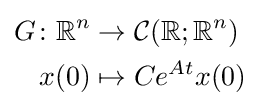
{\begin{aligned}G\colon \mathbb {R} ^{n}&\rightarrow {\mathcal {C}}(\mathbb {R} ;\mathbb {R} ^{n})\\x(0)&\mapsto Ce^{At}x(0)\end{aligned}}